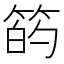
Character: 𫂇